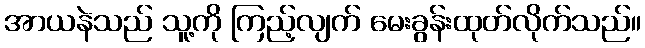
အာယနဲသည် သူ့ကို ကြည့်လျက် မေးခွန်းထုတ်လိုက်သည်။